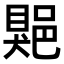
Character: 𨜯